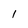
Character: 1